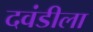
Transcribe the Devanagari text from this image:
दवंडीला